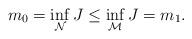
LaTeX: \begin{align*}m_0=\inf\limits_{\mathcal{N}}J\leq \inf\limits_{\mathcal{M}}J=m_1. \end{align*}